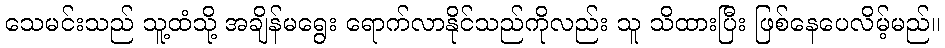
သေမင်းသည် သူ့ထံသို့ အချိန်မရွေး ရောက်လာနိုင်သည်ကိုလည်း သူ သိထားပြီး ဖြစ်နေပေလိမ့်မည်။